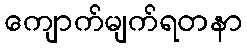
ကျောက်မျက်ရတနာ